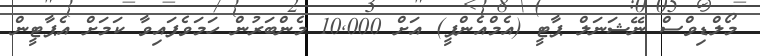
މޯލްޑިވްސް ނޭޝަނަލް ޕާޓީ (އެމްއެންޕީ) އަށް 10